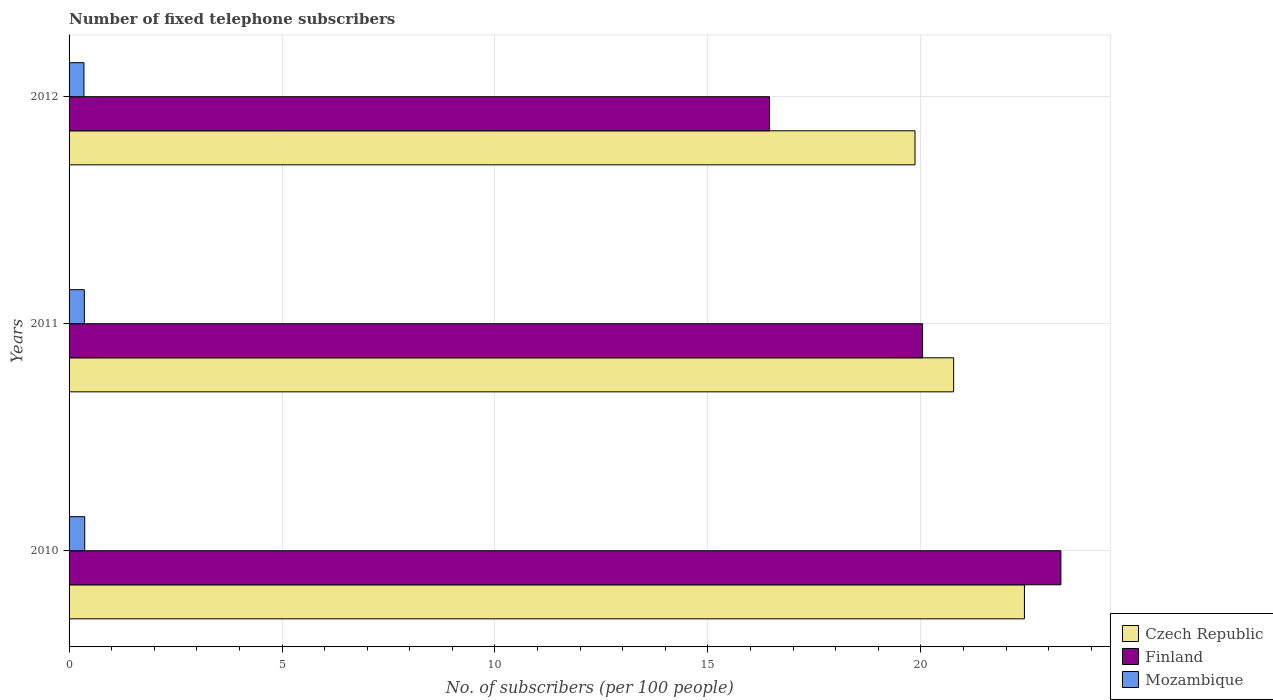
| Years | Czech Republic | Finland | Mozambique |
 | --- | --- | --- | --- |
 | 2010 | 22.4 | 23.3 | 0.367 |
 | 2011 | 20.8 | 20 | 0.358 |
 | 2012 | 19.9 | 16.4 | 0.35 |